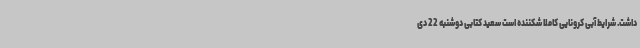
داشت. شرایط آبی کرونایی کاملاً شکننده است سعید کتابی دوشنبه 22 دی